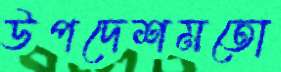
উপদেশমতো